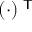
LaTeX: ( \cdot ) ^ { \textsf { T } }